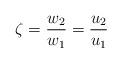
LaTeX: \begin{align*}\zeta =\frac{w_{2}}{w_{1}} =\frac{u_{2}}{u_{1}}\end{align*}